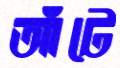
আঁটে